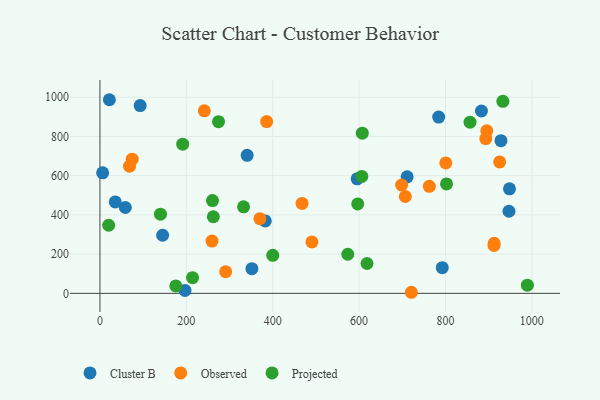
{"axis": {"x": "Speed", "y": "Yield"}, "legend": ["Cluster B", "Observed", "Projected"], "data": [{"x": "93.1", "y": 957.2, "type": "Cluster B"}, {"x": "792.6", "y": 130.9, "type": "Cluster B"}, {"x": "784.2", "y": 898.6, "type": "Cluster B"}, {"x": "145.1", "y": 296.1, "type": "Cluster B"}, {"x": "351.8", "y": 125.9, "type": "Cluster B"}, {"x": "35.5", "y": 466.2, "type": "Cluster B"}, {"x": "711.2", "y": 594.0, "type": "Cluster B"}, {"x": "196.9", "y": 15.0, "type": "Cluster B"}, {"x": "382.8", "y": 369.1, "type": "Cluster B"}, {"x": "947.0", "y": 418.6, "type": "Cluster B"}, {"x": "883.3", "y": 929.5, "type": "Cluster B"}, {"x": "340.8", "y": 703.9, "type": "Cluster B"}, {"x": "6.2", "y": 614.6, "type": "Cluster B"}, {"x": "595.5", "y": 583.8, "type": "Cluster B"}, {"x": "928.5", "y": 778.4, "type": "Cluster B"}, {"x": "21.8", "y": 987.1, "type": "Cluster B"}, {"x": "58.8", "y": 437.6, "type": "Cluster B"}, {"x": "948.2", "y": 532.9, "type": "Cluster B"}, {"x": "291.1", "y": 110.6, "type": "Observed"}, {"x": "68.5", "y": 648.4, "type": "Observed"}, {"x": "467.9", "y": 458.2, "type": "Observed"}, {"x": "925.4", "y": 669.9, "type": "Observed"}, {"x": "800.7", "y": 665.0, "type": "Observed"}, {"x": "386.0", "y": 875.8, "type": "Observed"}, {"x": "912.4", "y": 243.9, "type": "Observed"}, {"x": "707.0", "y": 493.8, "type": "Observed"}, {"x": "893.3", "y": 788.8, "type": "Observed"}, {"x": "895.6", "y": 828.5, "type": "Observed"}, {"x": "762.6", "y": 545.8, "type": "Observed"}, {"x": "259.4", "y": 266.3, "type": "Observed"}, {"x": "912.6", "y": 255.2, "type": "Observed"}, {"x": "721.0", "y": 5.5, "type": "Observed"}, {"x": "490.7", "y": 262.4, "type": "Observed"}, {"x": "241.6", "y": 930.6, "type": "Observed"}, {"x": "370.3", "y": 380.9, "type": "Observed"}, {"x": "74.7", "y": 684.1, "type": "Observed"}, {"x": "698.4", "y": 552.5, "type": "Observed"}, {"x": "20.2", "y": 347.3, "type": "Projected"}, {"x": "214.4", "y": 80.0, "type": "Projected"}, {"x": "596.8", "y": 456.1, "type": "Projected"}, {"x": "607.4", "y": 816.5, "type": "Projected"}, {"x": "573.8", "y": 199.3, "type": "Projected"}, {"x": "175.6", "y": 38.0, "type": "Projected"}, {"x": "989.6", "y": 41.5, "type": "Projected"}, {"x": "400.1", "y": 193.7, "type": "Projected"}, {"x": "932.8", "y": 978.9, "type": "Projected"}, {"x": "260.6", "y": 473.1, "type": "Projected"}, {"x": "140.1", "y": 403.7, "type": "Projected"}, {"x": "606.2", "y": 596.1, "type": "Projected"}, {"x": "191.6", "y": 760.7, "type": "Projected"}, {"x": "802.4", "y": 557.8, "type": "Projected"}, {"x": "274.5", "y": 875.3, "type": "Projected"}, {"x": "618.3", "y": 152.3, "type": "Projected"}, {"x": "856.8", "y": 872.5, "type": "Projected"}, {"x": "262.5", "y": 390.5, "type": "Projected"}, {"x": "332.5", "y": 441.3, "type": "Projected"}]}